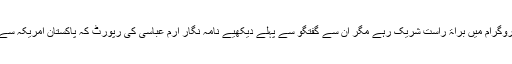
واشنگٹن سے شجاع نواز اور اسلام آباد سے زاہد حسين پروگرام میں براۃ راست شریک رہے مگر ان سے گفتگو سے پہلے دیکھیے نامہ نگار ارم عباسی کی رپورٹ کہ پاکستان امريکہ سے کيا تجارتي اور اقتصادي مقاصد حاصل کرنا چاہتا ہے؟